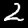
Digit: 2